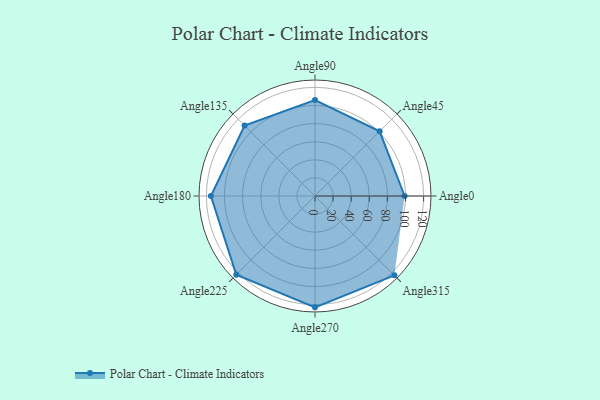
{"axis": {"x": "Angle", "y": "Radius"}, "legend": [""], "data": [{"x": "Angle0", "y": 99.0, "type": ""}, {"x": "Angle45", "y": 101.0, "type": ""}, {"x": "Angle90", "y": 106.0, "type": ""}, {"x": "Angle135", "y": 110.0, "type": ""}, {"x": "Angle180", "y": 115.0, "type": ""}, {"x": "Angle225", "y": 123.0, "type": ""}, {"x": "Angle270", "y": 123.0, "type": ""}, {"x": "Angle315", "y": 124.0, "type": ""}]}